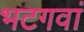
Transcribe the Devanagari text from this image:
भटगवां